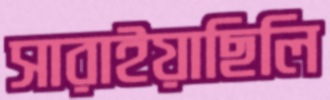
সারাইয়াছিলি